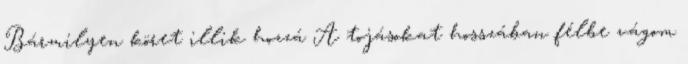
Bármilyen köret illik hozzá A tojásokat hosszában félbe vágom